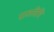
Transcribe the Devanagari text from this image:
पाठविधि